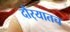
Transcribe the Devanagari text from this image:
दौर्‍यातच